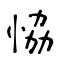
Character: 恊